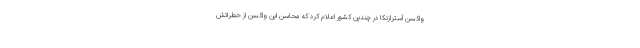
واکسن آسترازنکا در چندین کشور اعلام کرد که محاسن این واکسن از خطراتش